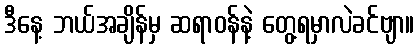
ဒီနေ့ ဘယ်အချိန်မှ ဆရာဝန်နဲ့ တွေ့ရမှာလဲခင်ဗျာ။